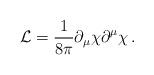
LaTeX: \begin{align*}{\cal L}=\frac{1}{8\pi }\partial _{\mu }\chi \partial ^{\mu }\chi\,.\end{align*}